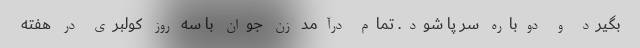
بگيرد و دوباره سر پا شود. تمام درآمد زن جوان با سه روز كولبري در هفته